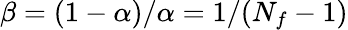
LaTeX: \beta=(1-\alpha)/\alpha=1/(N_{f}-1)